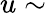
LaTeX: u\sim